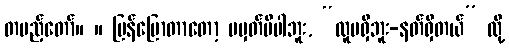
တပည့်တော်။ ။ ပြန်ပြောတာတော့ မမှတ်မိပါဘူး, “လူမရှိဘူး-နတ်ရှိတယ်” လို့